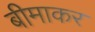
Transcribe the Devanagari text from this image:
बीमाकर